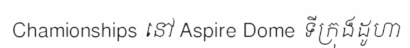
Chamionships នៅ Aspire Dome ទីក្រុងដូហា